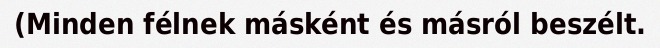
(Minden félnek másként és másról beszélt.